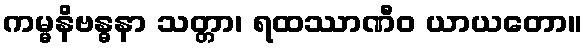
ကမ္မနိဗန္ဓနာ သတ္တာ၊ ရထဿာဏီဝ ယာယတော။